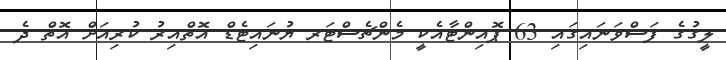
ލީގުގެ ފަސްވަނައިގައި 63 ޕޮއިންޓާއެކީ މެންޗެސްޓަރ ޔުނައިޓެޑް އޮތްއިރު ކުރިއަށް އޮތް ދެ